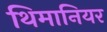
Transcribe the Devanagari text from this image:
थिमानियर